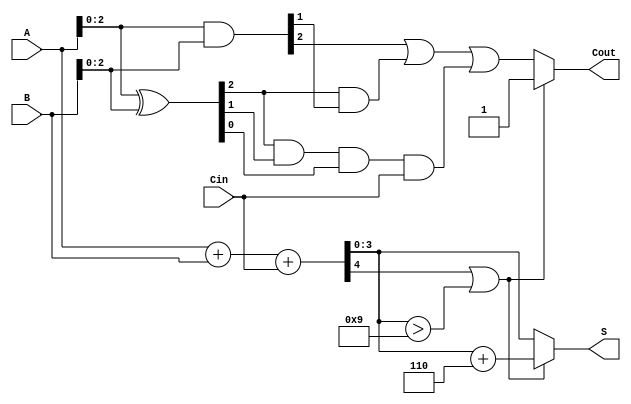
module BCD_Carry_Lookahead_Adder (
    input  [3:0] A,      // First BCD digit
    input  [3:0] B,      // Second BCD digit
    input        Cin,     // Carry-in
    output [3:0] S,      // BCD sum
    output       Cout     // Carry-out
);

    wire [4:0] S_temp;   // Temporary sum (5 bits to accommodate carry)
    wire [3:0] P;        // Propagate signals
    wire [3:0] G;        // Generate signals
    wire C1, C2, C3;     // Carry signals

    // Generate propagate and generate signals
    assign P = A ^ B;    // P = A  B
    assign G = A & B;    // G = A  B

    // Carry generation using lookahead logic
    assign C1 = G[0] | (P[0] & Cin);
    assign C2 = G[1] | (P[1] & G[0]) | (P[1] & P[0] & Cin);
    assign C3 = G[2] | (P[2] & G[1]) | (P[2] & P[1] & P[0] & Cin);

    // Calculate the initial sum
    assign S_temp = A + B + Cin; // S_temp = A + B + Cin

    // Determine if correction is needed
    wire correction_needed;
    assign correction_needed = S_temp[4] | (S_temp[3:0] > 4'b1001); // S_temp > 9

    // Corrected sum
    assign S = correction_needed ? (S_temp[3:0] + 4'b0110) : S_temp[3:0]; // S_corrected = S_temp + 6 if correction needed

    // Carry-out
    assign Cout = correction_needed ? 1'b1 : C3; // Cout = 1 if correction needed, else C3

endmodule